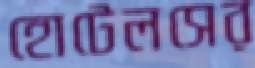
হোটেলসের